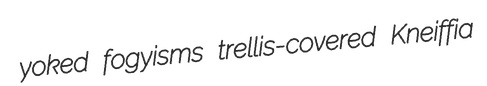
yoked fogyisms trellis-covered Kneiffia